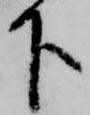
下